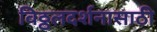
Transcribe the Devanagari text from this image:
विठ्ठलदर्शनासाठी